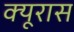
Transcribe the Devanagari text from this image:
क्यूरास